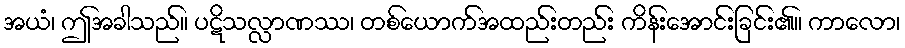
အယံ၊ ဤအခါသည်။ ပဋိသလ္လာဏဿ၊ တစ်ယောက်အထည်းတည်း ကိန်းအောင်းခြင်း၏။ ကာလော၊